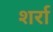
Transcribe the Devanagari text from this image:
शर्रा